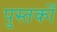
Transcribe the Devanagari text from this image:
पुस्तकोँ